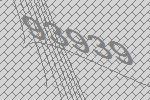
93939